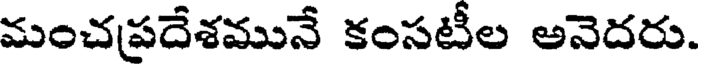
మంచప్రదేశమునే కంసటీల అనెదరు.